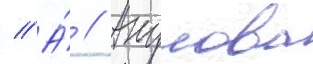
// А́ // Акулова